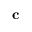
\mathbf { c }